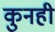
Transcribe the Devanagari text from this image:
कुनही